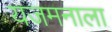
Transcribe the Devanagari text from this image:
यजमनाला